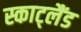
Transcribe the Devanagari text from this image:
स्काट्लैंड